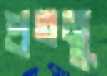
প্রতনু